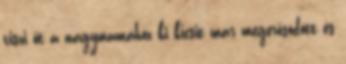
viszi őt a nagymamához ki kicsit már megerősödött és